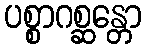
ပစ္စာဂစ္ဆန္တော